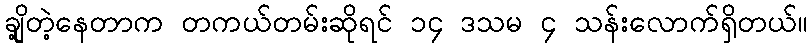
ချို့တဲ့နေတာက တကယ်တမ်းဆိုရင် ၁၄ ဒသမ ၄ သန်းလောက်ရှိတယ်။